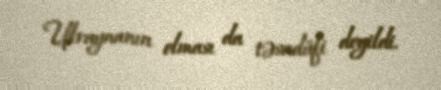
Ukraynanın olması da təsadüfi deyildi.